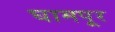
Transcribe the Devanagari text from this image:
घामपूर